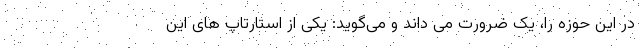
در این حوزه را، یک ضرورت می داند و می‌گوید: یکی از استارتاپ های این